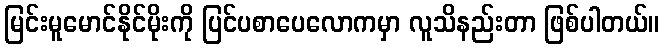
မြင်းမူမောင်နိုင်မိုးကို ပြင်ပစာပေလောကမှာ လူသိနည်းတာ ဖြစ်ပါတယ်။